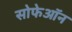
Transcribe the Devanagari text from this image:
सोफेऑन